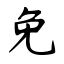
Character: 免